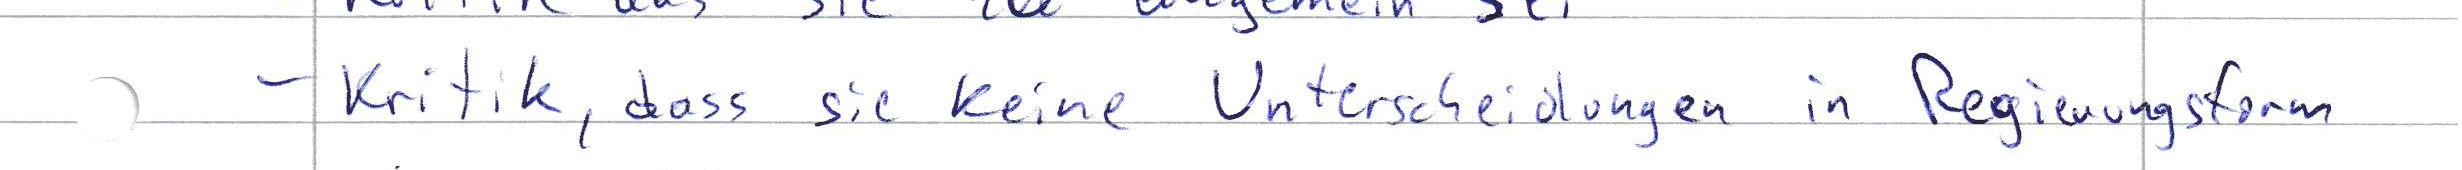
- Kritik, dass sie keine Unterscheidungen in Regierungsform